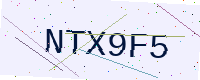
Text: NTX9F5